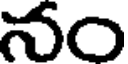
నం